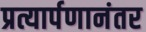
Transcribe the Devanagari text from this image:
प्रत्यार्पणानंतर